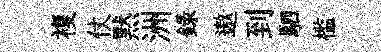
複仗黙洲錄遨到駟槛